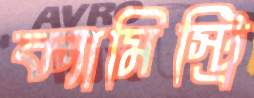
ক্যামিস্ট্রি